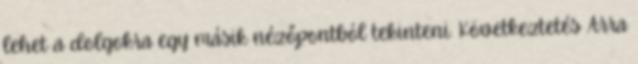
lehet a dolgokra egy másik nézőpontból tekinteni. Következtetés Arra